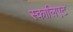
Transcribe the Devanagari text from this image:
स्कालिएट